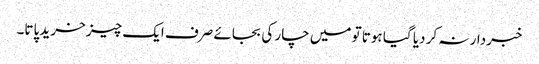
خبردار نہ کر دیا گیا ہوتا تو میں چار کی بجائے صرف ایک چیز خرید پاتا۔